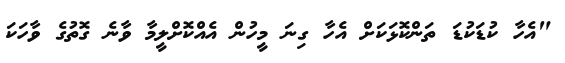
"އެހާ ކުޑަކުޑަ ތަންކޮޅަކަށް އެހާ ގިނަ މީހުން އެއްކޮށްލީމާ ވާނެ ގޮތުގެ ވާހަކަ